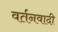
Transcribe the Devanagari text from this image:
वर्तनवादी